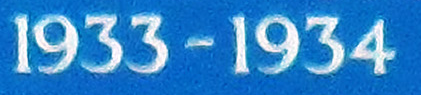
1933-1934